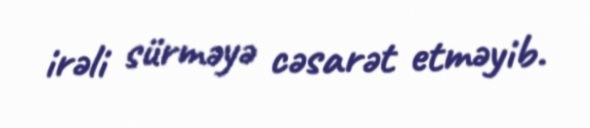
irəli sürməyə cəsarət etməyib.